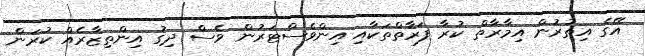
އޭގެ އިތުރުން އިމާރާތް ކުރާ ފަރާތްތަކާއި އިންވެސްޓަރުން ވެސް ދިގު އިންތިޒާރެއް ކުރަން